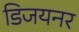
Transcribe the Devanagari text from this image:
डिजयनर